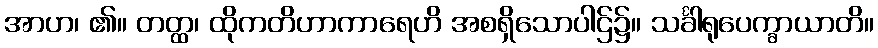
အာဟ၊ ၏။ တတ္ထ၊ ထိုကတိဟာကာရေဟိ အစရှိသောပါဌ်၌။ သင်္ခါရုပေက္ခာယာတိ။